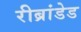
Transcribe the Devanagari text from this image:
रीब्रांडेड